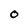
Character: O